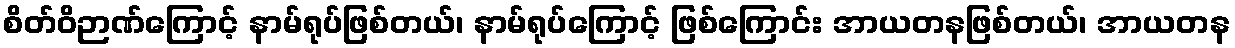
စိတ်ဝိဉာဏ်ကြောင့် နာမ်ရုပ်ဖြစ်တယ်၊ နာမ်ရုပ်ကြောင့် ဖြစ်ကြောင်း အာယတနဖြစ်တယ်၊ အာယတန